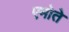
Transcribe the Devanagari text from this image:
एमोते